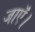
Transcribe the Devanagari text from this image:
जाऍं।